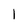
Character: I